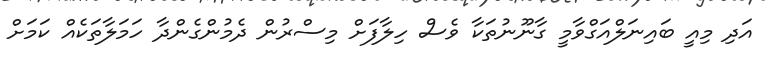
އަދި މިއީ ބައިނަލްއަގްވާމީ ގާނޫނުތަކާ ވެސް ހިލާފަށް މިސްރުން ދެމުންގެންދާ ހަމަލާތަކެއް ކަމަށް